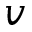
v